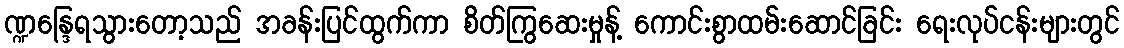
ဏ္ဍန္ဒြေရသွားတော့သည် အခန်းပြင်ထွက်ကာ စိတ်ကြွဆေးမှုန့် ကောင်းစွာထမ်းဆောင်ခြင်း ရေးလုပ်ငန်းများတွင်